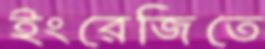
ইংরেজিতে